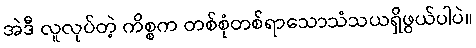
အဲဒီ လူလုပ်တဲ့ ကိစ္စက တစ်စုံတစ်ရာသောသံသယရှိဖွယ်ပါပဲ။